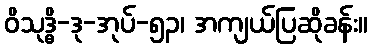
ဝိသုဒ္ဓိ-ဒု-အုပ်-၅၃၊ အကျယ်ပြဆိုခန်း။